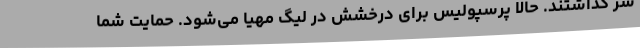
سر گذاشتند. حالا پرسپولیس برای درخشش در لیگ مهیا می‌شود. حمایت شما